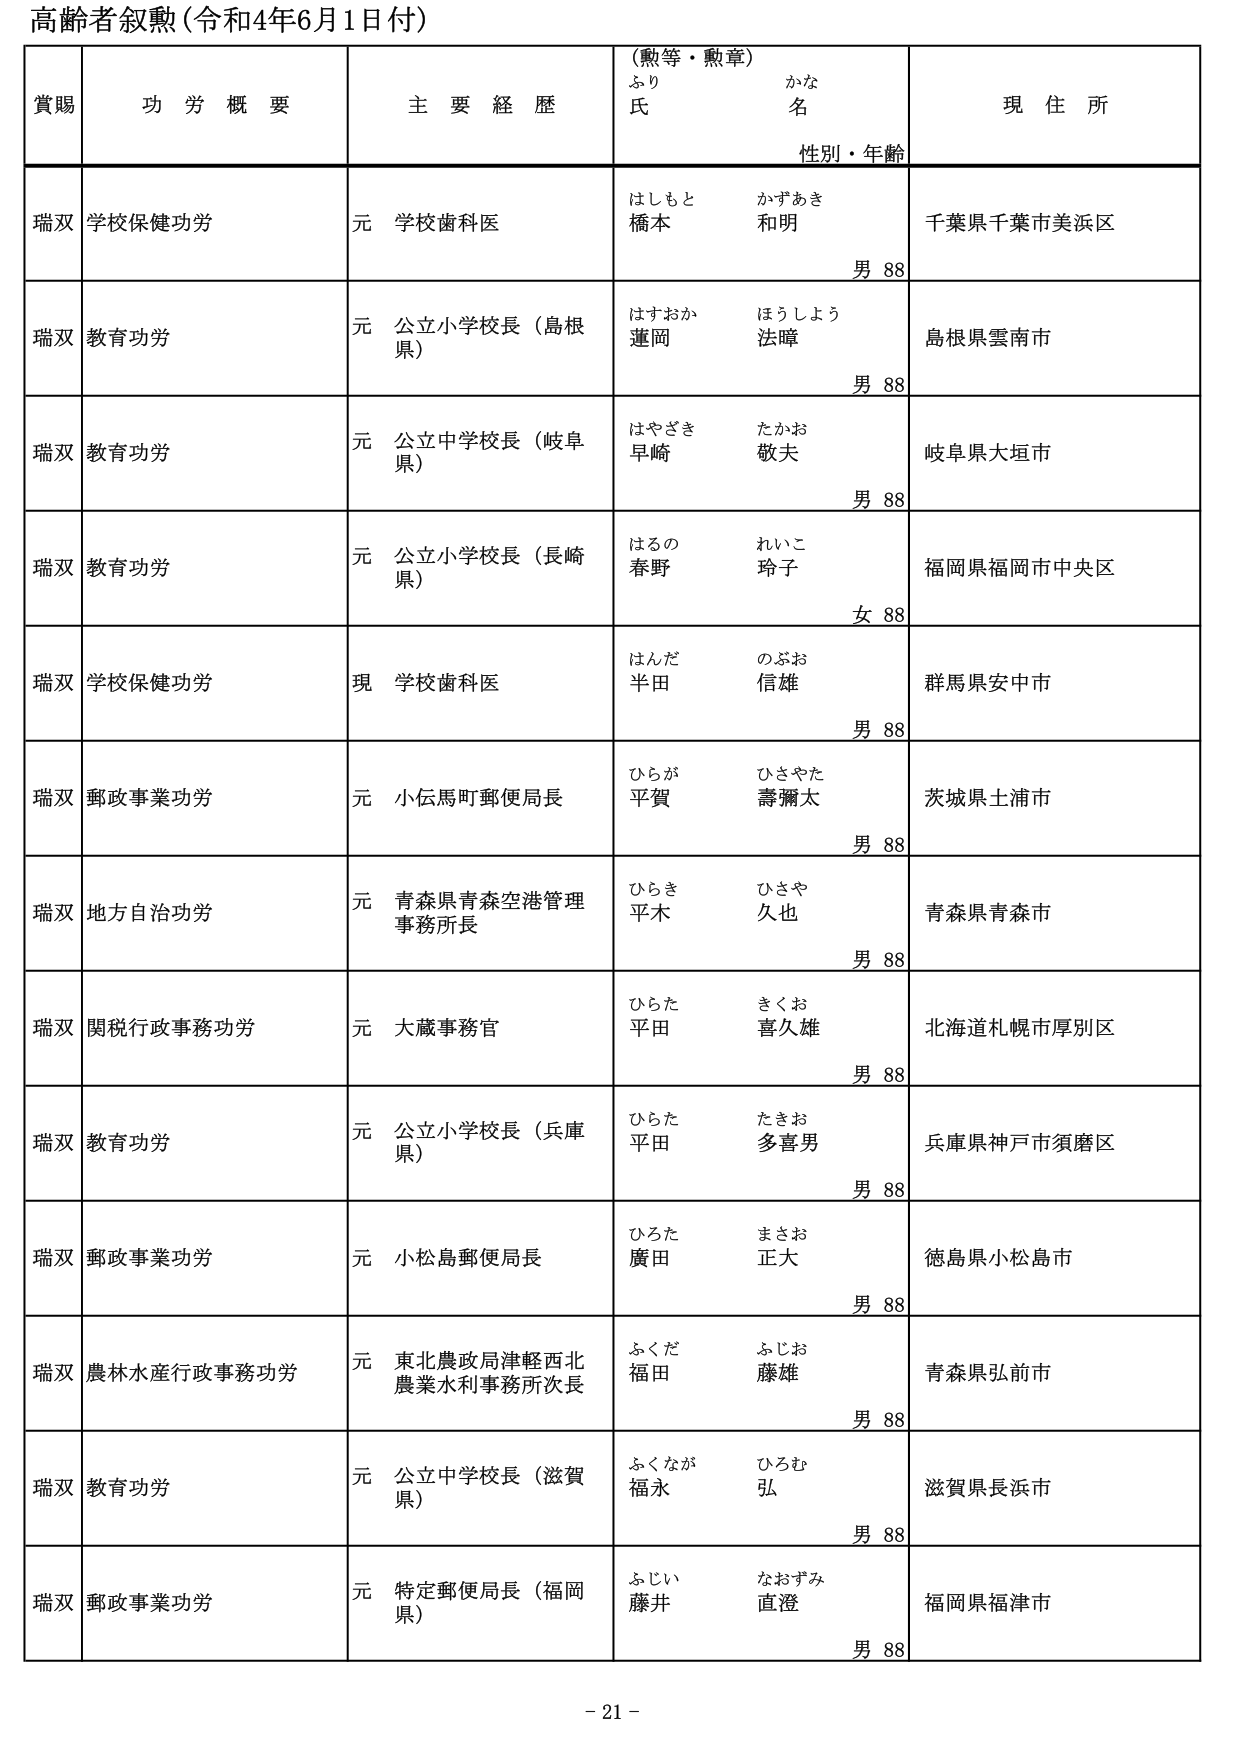
高齢者叙勲（令和4年6月1日付）

賞賜　功労概要　主要経歴　（勲等・勲章）　現住所
　　　　　　　　　　　　ふりがな　　氏名　　性別・年齢

瑞双　学校保健功労　　元　学校歯科医　　はしもと　かずあき　　千葉県千葉市美浜区
　　　　　　　　　　　　　　　　　　　　橋本　和明　　　　　　男 88

瑞双　教育功労　　元　公立小学校長（島根県）　　はすおか　ほうしょう　　島根県雲南市
　　　　　　　　　　　　　　　　　　　　　　蓮岡　法暲　　　　　　男 88

瑞双　教育功労　　元　公立中学校長（岐阜県）　　はやざき　たかお　　岐阜県大垣市
　　　　　　　　　　　　　　　　　　　　　　早崎　敬夫　　　　　　男 88

瑞双　教育功労　　元　公立小学校長（長崎県）　　はるの　れいこ　　福岡県福岡市中央区
　　　　　　　　　　　　　　　　　　　　　　春野　玲子　　　　　　女 88

瑞双　学校保健功労　　現　学校歯科医　　はんだ　のぶお　　群馬県安中市
　　　　　　　　　　　　　　　　　　　　半田　信雄　　　　　　男 88

瑞双　郵政事業功労　　元　小仏馬町郵便局長　　ひらが　ひさやた　　茨城県土浦市
　　　　　　　　　　　　　　　　　　　　　　平賀　壽爾太　　　　男 88

瑞双　地方自治功労　　元　青森県青森空港管理事務所長　　ひらき　ひさや　　青森県青森市
　　　　　　　　　　　　　　　　　　　　　　　　　　　　平木　久也　　　　男 88

瑞双　関税行政事務功労　　元　大蔵事務官　　ひらた　きくお　　北海道札幌市厚別区
　　　　　　　　　　　　　　　　　　　　　　平田　喜久雄　　　　男 88

瑞双　教育功労　　元　公立小学校長（兵庫県）　　ひらた　たきお　　兵庫県神戸市須磨区
　　　　　　　　　　　　　　　　　　　　　　平田　多喜男　　　　男 88

瑞双　郵政事業功労　　元　小松島郵便局長　　ひろた　まさお　　徳島県小松島市
　　　　　　　　　　　　　　　　　　　　　　廣田　正大　　　　男 88

瑞双　農林水産行政事務功労　　元　東北農政局津軽西北農業水利事務所次長　　ふくだ　ふじお　　青森県弘前市
　　　　　　　　　　　　　　　　　　　　　　　　　　　　　　　　　　福田　藤雄　　　　男 88

瑞双　教育功労　　元　公立中学校長（滋賀県）　　ふくなが　ひろむ　　滋賀県長浜市
　　　　　　　　　　　　　　　　　　　　　　福永　弘　　　　　　男 88

瑞双　郵政事業功労　　元　特定郵便局長（福岡県）　　ふじい　なおずみ　　福岡県福津市
　　　　　　　　　　　　　　　　　　　　　　藤井　直澄　　　　　　男 88

- 21 -